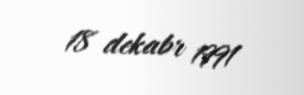
18 dekabr 1991